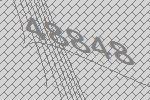
48848